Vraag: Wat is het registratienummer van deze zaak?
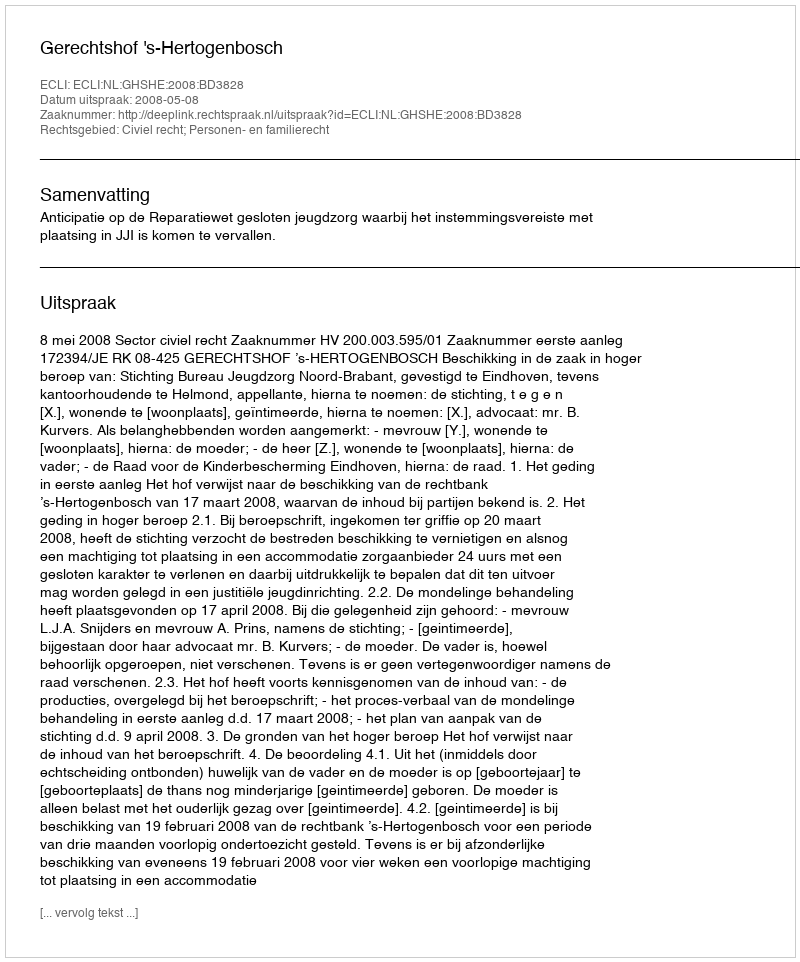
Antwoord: http://deeplink.rechtspraak.nl/uitspraak?id=ECLI:NL:GHSHE:2008:BD3828